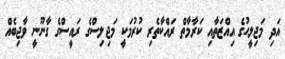
އަދި މަޖިލީޙުގެ އިއްޒަތާއި ކަރާމާތް ރައްކާތެރި ކުރުމަކީ މަޖިލިސްގެ ރައީސްގެ ގާނޫނީ ވާޖިބެއް